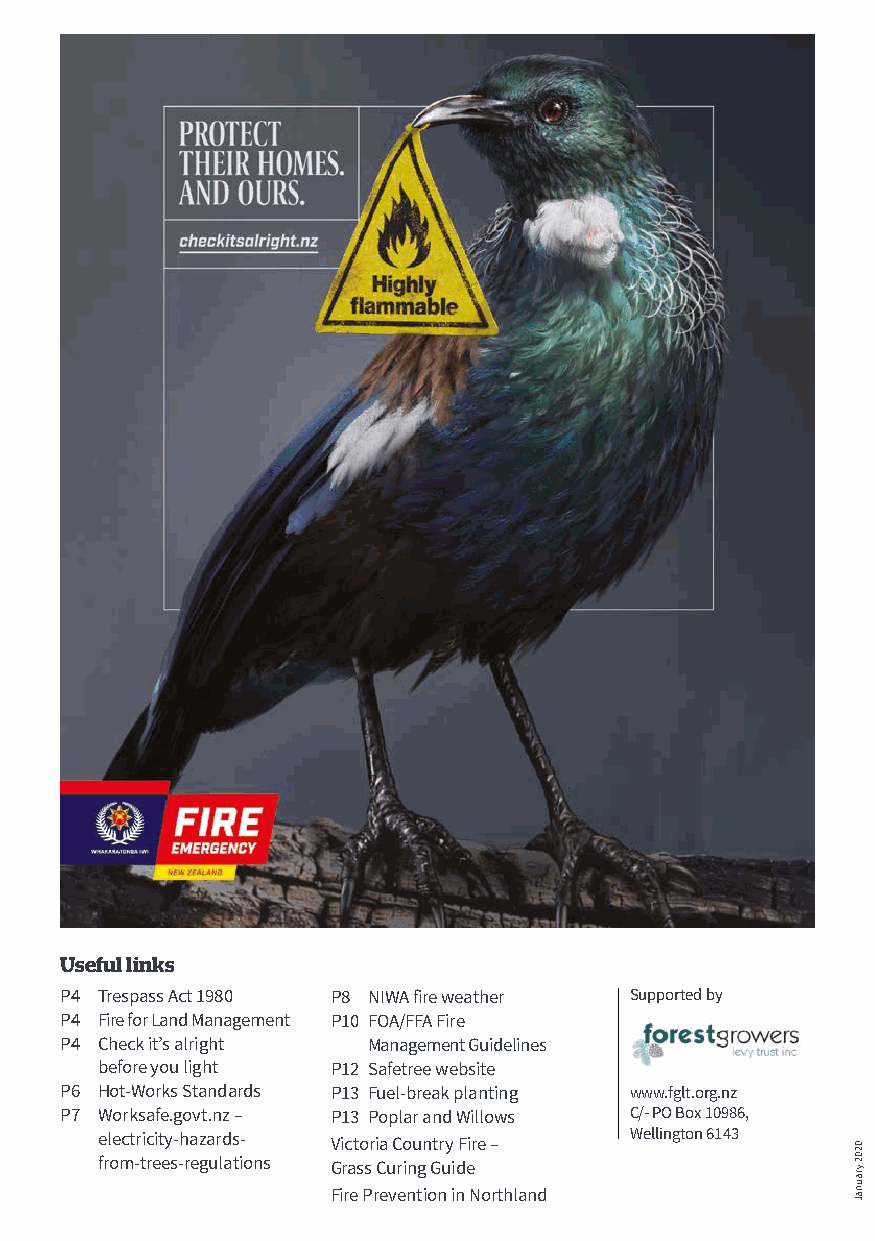
Useful links
 P4 Trespass Act 1980 P8 NIWA fire weather Supported by
 P4 Fire for Land Management P10 FOA/FFA Fire
 P4 Check it’s alright Management Guidelines
 before you light P12 Safetree website
 P6 Hot-Works Standards P13 Fuel-break planting www.fglt.org.nz
 P7 Worksafe.govt.nz – P13 Poplar and Willows C/- PO Box 10986,
 electricity-hazards- Victoria Country Fire – Wellington 6143
 from-trees-regulations Grass Curing Guide
 Fire Prevention in Northland
 0202
 yraunaJ